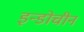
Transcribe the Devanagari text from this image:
इन्डोचीन